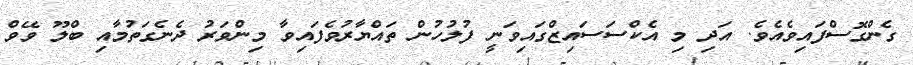
ގެންގޮސްފައިވެއެވެ. އަދި މި އެކްސަސައިޒްގައިވަނީ ފުލުހުން ތައްޔާރުވެފައިވާ މިންވަރު ދެނެގަތުމާއި ބްލޫ ވޭވް